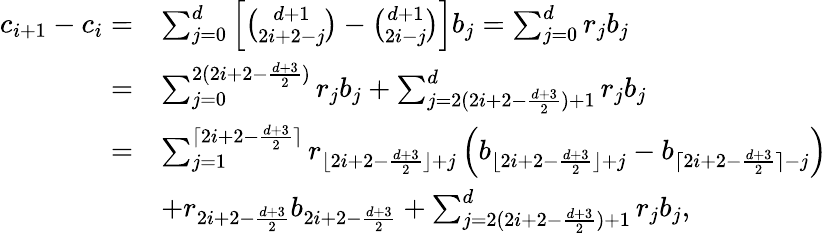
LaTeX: \begin{array}{rl}{c_{i+1}-c_{i}=}&{\sum_{j=0}^{d}\left[\binom{d+1}{2i+2-j}-\binom{d+1}{2i-j}\right]b_{j}=\sum_{j=0}^{d}r_{j}b_{j}}\\ {=}&{\sum_{j=0}^{2(2i+2-\frac{d+3}{2})}r_{j}b_{j}+\sum_{j=2(2i+2-\frac{d+3}{2})+1}^{d}r_{j}b_{j}}\\ {=}&{\sum_{j=1}^{\lceil 2i+2-\frac{d+3}{2}\rceil}r_{\lfloor 2i+2-\frac{d+3}{2}\rfloor+j}\left(b_{\lfloor 2i+2-\frac{d+3}{2}\rfloor+j}-b_{\lceil 2i+2-\frac{d+3}{2}\rceil-j}\right)}\\ &{+r_{2i+2-\frac{d+3}{2}}b_{2i+2-\frac{d+3}{2}}+\sum_{j=2(2i+2-\frac{d+3}{2})+1}^{d}r_{j}b_{j},}\end{array}